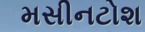
મસીનટોશ